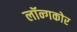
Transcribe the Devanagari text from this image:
लॉन्गकोर